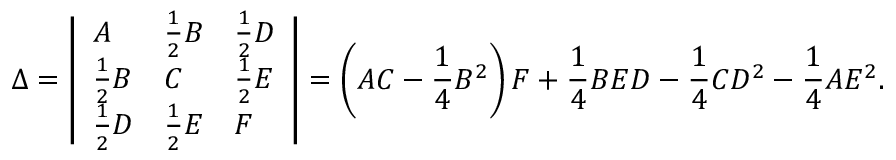
\Delta = { \left| \begin{array} { l l l } { A } & { { \frac { 1 } { 2 } } B } & { { \frac { 1 } { 2 } } D } \\ { { \frac { 1 } { 2 } } B } & { C } & { { \frac { 1 } { 2 } } E } \\ { { \frac { 1 } { 2 } } D } & { { \frac { 1 } { 2 } } E } & { F } \end{array} \right| } = \left( A C - { \frac { 1 } { 4 } } B ^ { 2 } \right) F + { \frac { 1 } { 4 } } B E D - { \frac { 1 } { 4 } } C D ^ { 2 } - { \frac { 1 } { 4 } } A E ^ { 2 } .